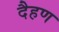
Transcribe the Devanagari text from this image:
दैहण